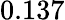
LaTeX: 0.137